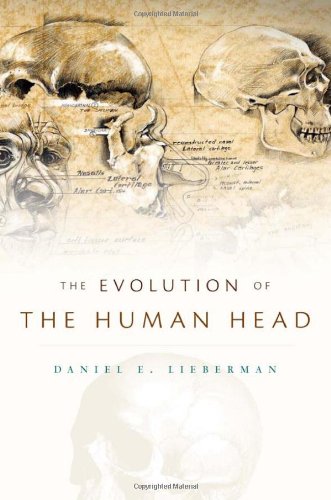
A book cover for The Evolution of the Human Head; Daniel E. Lieberman; Politics & Social Sciences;